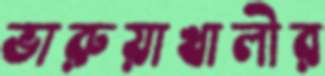
ভারুয়াখালীর